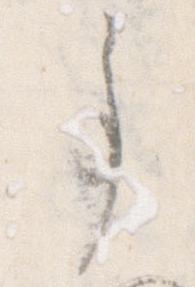
事